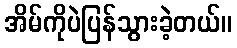
အိမ်ကိုပဲပြန်သွားခဲ့တယ်။